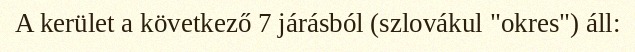
A kerület a következő 7 járásból (szlovákul "okres") áll: